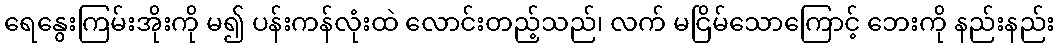
ရေနွေးကြမ်းအိုးကို မ၍ ပန်းကန်လုံးထဲ လောင်းတည့်သည်၊ လက် မငြိမ်သောကြောင့် ဘေးကို နည်းနည်း